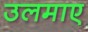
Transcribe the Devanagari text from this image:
उलमाए